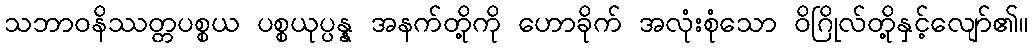
သဘာဝနိဿတ္တပစ္စယ ပစ္စယုပ္ပန္န အနက်တို့ကို ဟောခိုက် အလုံးစုံသော ဝိဂြိုလ်တို့နှင့်လျော်၏။